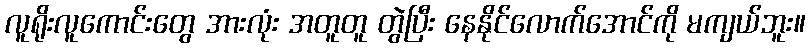
လူရိုးလူကောင်းတွေ အားလုံး အတူတူ တွဲပြီး နေနိုင်လောက်အောင်ကို မကျယ်ဘူး။